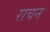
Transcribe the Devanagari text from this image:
राचन